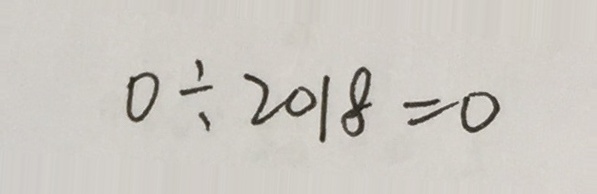
0 \div 2 0 1 8 = 0